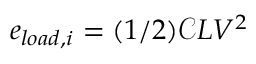
e _ { l o a d , i } = ( 1 / 2 ) \mathcal { C } L V ^ { 2 }